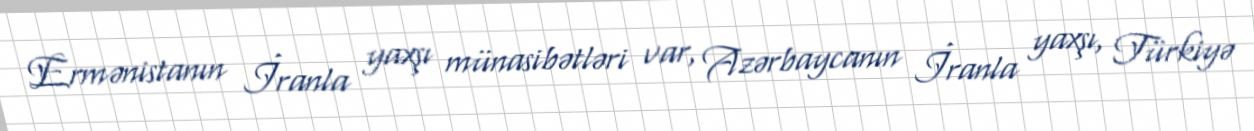
Ermənistanın İranla yaxşı münasibətləri var, Azərbaycanın İranla yaxşı, Türkiyə